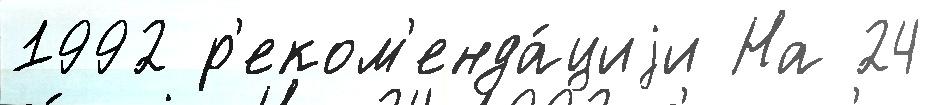
1992 р'еком'енда́циjи На 24